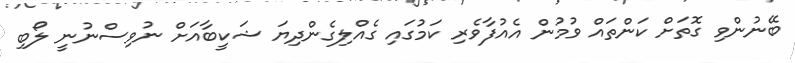
ބޭނުންވި ގޮތަށް ކަންތައް ވުމުން އެއުފާވެރި ކަމުގައި ގެއްލިގެންދިޔަ ޝަކީބާއަށް ނުވިސްނުނީ ލޯބި